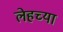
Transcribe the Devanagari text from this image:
लेहच्या